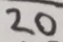
2 0